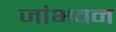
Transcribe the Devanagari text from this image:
जांभवन